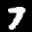
Label: 7